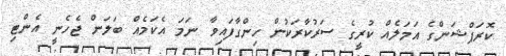
ކޮރަޕްޝަންގެ އަމަލެއް ކުރީގެ ސަރުކާރަކުން ހިންގާފައިވާ ނަމަ އެކަމެއް ބަލަން ޖެހެނީ އެންޓި